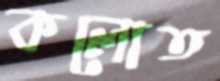
কলোত